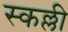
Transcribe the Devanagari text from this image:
स्कल्ली